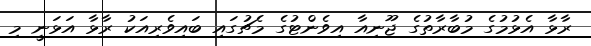
ރާޅާ އެޅުމުގެ މުބާރާތުގެ ޖޫނިއާ އިވެންޓުގެ މެޗުގައި ބައިވެރިއަކު ރާޅާ އަޅަނީ މި